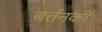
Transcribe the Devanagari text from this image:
बर्तनको